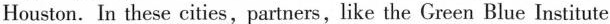
Houston. In these cities, partners, like the Green Blue Institute